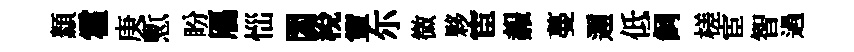
纇霍庚慙盼鴈𢙉閟税簟尓微夥宦赧蔓邇低飼槎宦智過